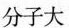
分子大